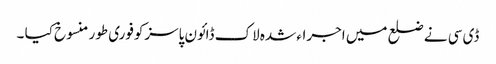
ڈی سی نے ضلع میں اجراء شدہ لاک ڈائون پاسزکوفوری طور منسوخ کیا ۔